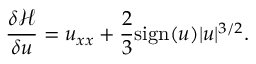
\frac { \delta \mathcal { H } } { \delta u } = u _ { x x } + \frac { 2 } { 3 } \mathrm { s i g n } ( u ) | u | ^ { 3 / 2 } .